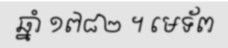
ឆ្នាំ ១៧៨២ ។ មេទ័ព